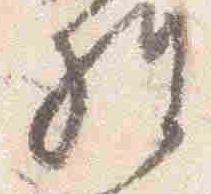
経